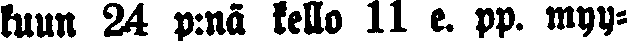
kuun 24 p:nä kello 11 e. pp. myy-